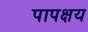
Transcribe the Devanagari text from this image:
पापक्षय